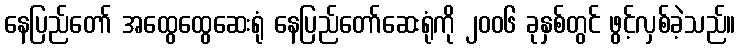
နေပြည်တော် အထွေထွေဆေးရုံ နေပြည်တော်ဆေးရုံကို ၂၀၀၆ ခုနှစ်တွင် ဖွင့်လှစ်ခဲ့သည်။